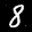
Label: 8